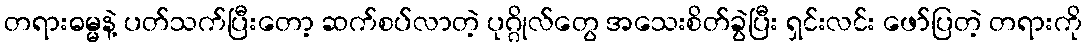
တရားဓမ္မနဲ့ ပတ်သက်ပြီးတော့ ဆက်စပ်လာတဲ့ ပုဂ္ဂိုလ်တွေ အသေးစိတ်ခွဲပြီး ရှင်းလင်း ဖော်ပြတဲ့ တရားကို